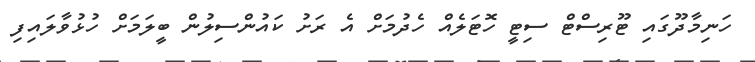
ހަނިމާދޫގައި ޓޫރިސްޓް ސިޓީ ހޮޓަލެއް ހެދުމަށް އެ ރަށު ކައުންސިލުން ބީލަމަށް ހުޅުވާލައިފި